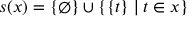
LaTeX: s ( x ) = \{ \emptyset \} \cup \{ \{ t \} \mid t \in x \}